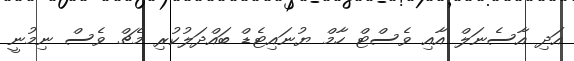
އަދި އާސެނަލް އާއި ވެސްޓް ހާމް ޔުނައިޓެޑް ބައްދަލުކުރި މެޗް ވެސް ނިމުނީ